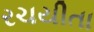
રચયીતા